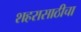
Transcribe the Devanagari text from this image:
शहरासाठीचा